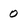
Character: 0